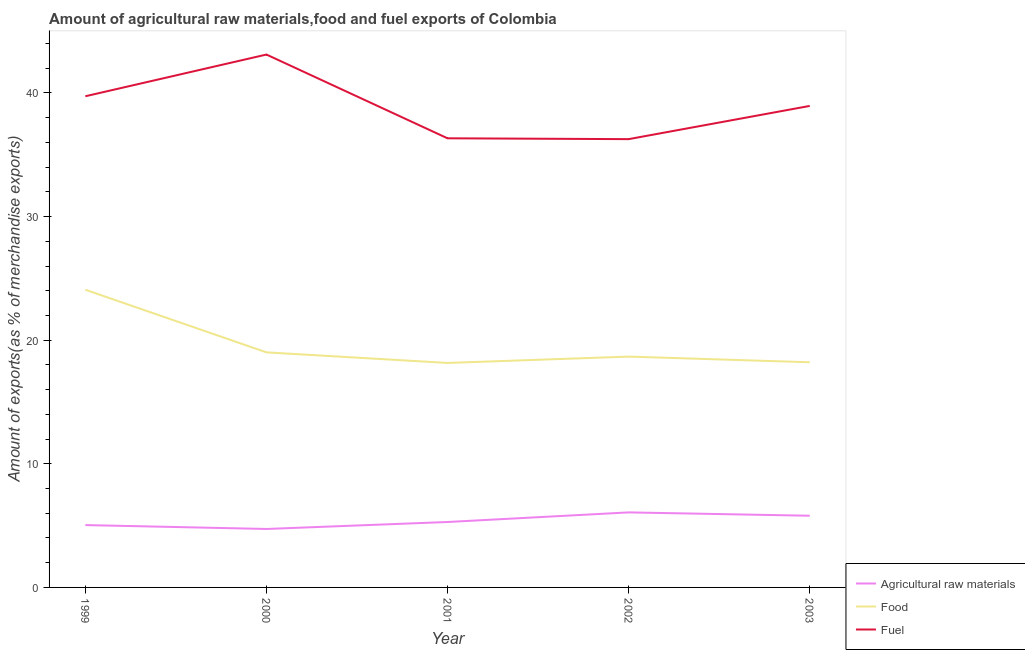
| Year | Agricultural raw materials | Food | Fuel |
 | --- | --- | --- | --- |
 | 1999 | 5.04 | 24.1 | 39.7 |
 | 2000 | 4.73 | 19 | 43.1 |
 | 2001 | 5.29 | 18.2 | 36.3 |
 | 2002 | 6.07 | 18.7 | 36.3 |
 | 2003 | 5.8 | 18.2 | 39 |